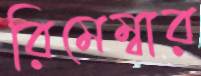
রিমেম্বার